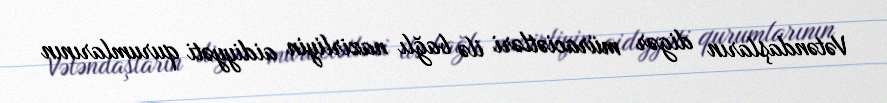
Vətəndaşların digər müraciətləri ilə bağlı nazirliyin aidiyyəti qurumlarının